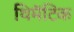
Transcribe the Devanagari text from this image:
थिमॅटिक